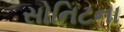
સોનિટના